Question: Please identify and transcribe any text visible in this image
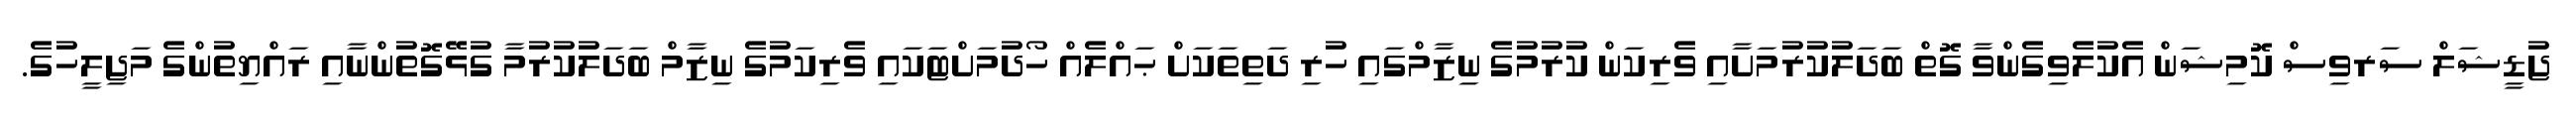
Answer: ޖުޑީޝަލް ސަރވިސް ކޮމިޝަން އެކުލެވިގެންވާ ގޮތް ބަދަލުކުރުމަށާއި ވެރިކަން ކުރުމުގެ ނިޒާމްގައި ހުރި ދަތިތަކަށް ޙައްލެއް ހޯދުމަށްޓަކައި ވެރިކަމުގެ ނިޒާމް ބަދަލުކުރުމާ ގުޅޭގޮތުންނާއި ރައްޔިތުންގެ މަޖިލީހުގެ.